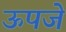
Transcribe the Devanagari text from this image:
ऊपजे